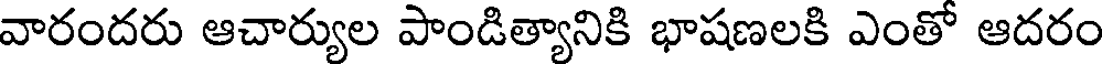
వారందరు ఆచార్యుల పాండిత్యానికి భాషణలకి ఎంతో ఆదరం